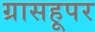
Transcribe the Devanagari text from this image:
ग्रासहूपर